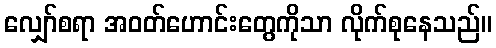
လျှော်စရာ အဝတ်ဟောင်းတွေကိုသာ လိုက်စုနေသည်။